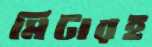
মিটারই